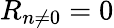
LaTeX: R_{n\neq 0}=0